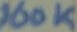
Text: 100K